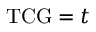
\mathrm { T C G } = t